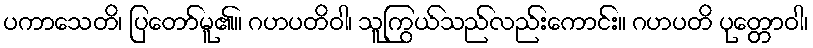
ပကာသေတိ၊ ပြတော်မူ၏။ ဂဟပတိဝါ၊ သူကြွယ်သည်လည်းကောင်း။ ဂဟပတိ ပုတ္တောဝါ၊